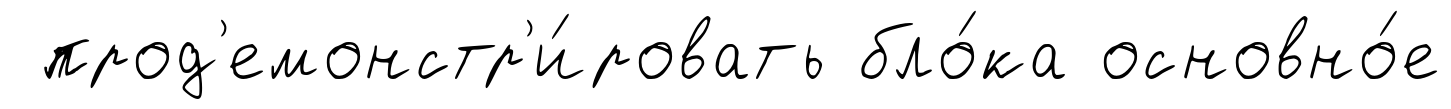
прод'емонстр'и́ровать бло́ка основно́е